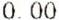
0.00